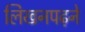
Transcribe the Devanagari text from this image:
लिखनपढ़ने